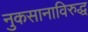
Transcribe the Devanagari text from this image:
नुकसानाविरुद्ध